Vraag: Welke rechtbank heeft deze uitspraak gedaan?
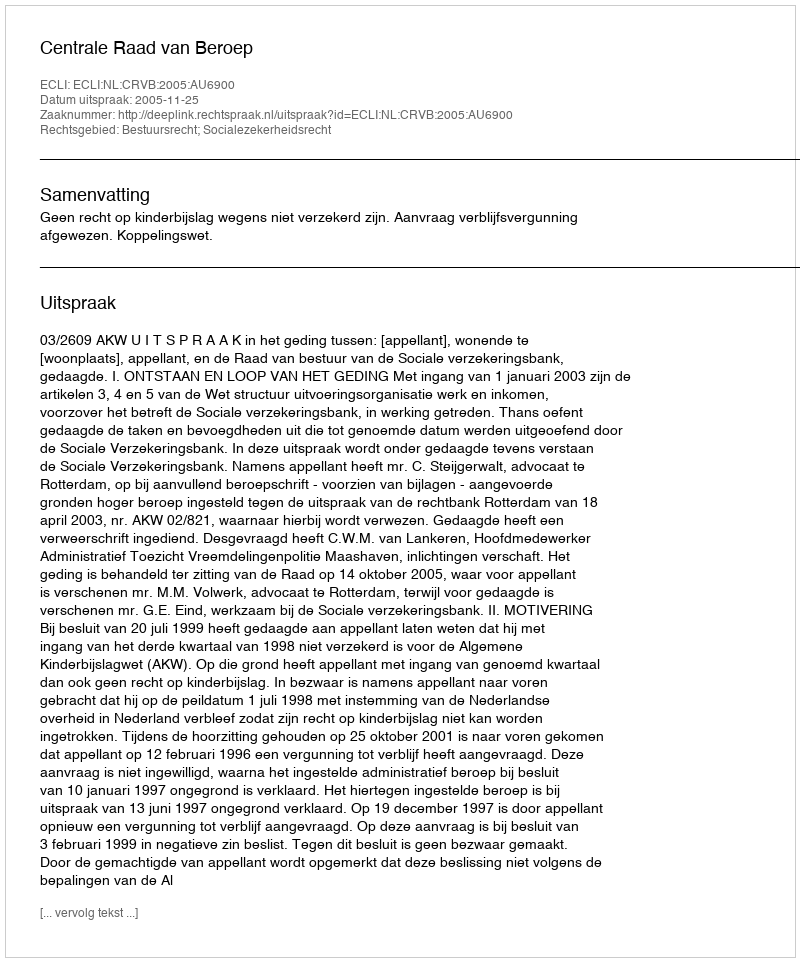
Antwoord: Centrale Raad van Beroep